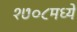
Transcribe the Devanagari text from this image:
१७०८मध्ये